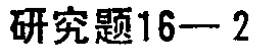
研究题16—2